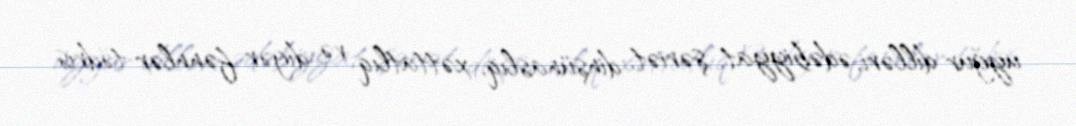
uyğur dilləri, ədəbiyyat, şəriət, dinşünaslıq, xəttatlıq və digər fənnlər tədris